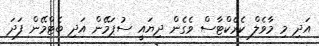
އަދި މި މާވެލް ކެރެކްޓާސް ވެގެން ދިޔައީ ސުޕަމޭން އަދި ބެޓްމޭން ފަދަ